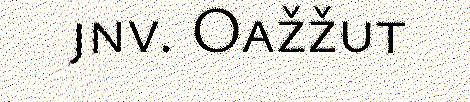
jnv. Oažžut